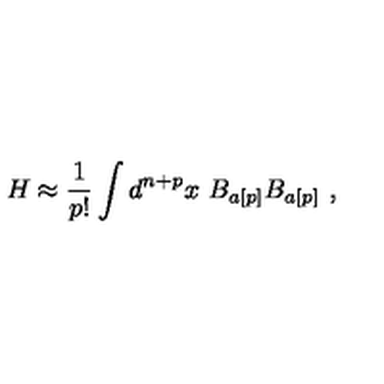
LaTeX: H \approx \frac { 1 } { p ! } \int d ^ { n + p } x \ B _ { a [ p ] } B _ { a [ p ] } \ ,